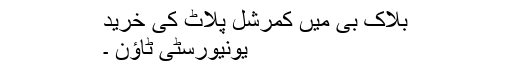
بلاک بی میں کمرشل پلاٹ کی خرید
یونیورسٹی ٹاؤن ۔